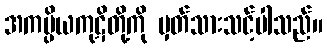
အကပ္ပိယကုဋိတို့ကို မှတ်သားသင့်ပါသည်။